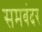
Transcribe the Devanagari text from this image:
समबंदर